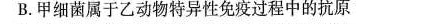
B.甲细菌属于乙动物特异性免疫过程中的抗原